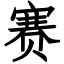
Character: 赛